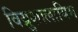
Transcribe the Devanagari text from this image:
विय्रुशालायिम